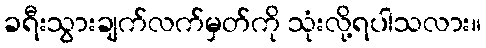
ခရီးသွားချက်လက်မှတ်ကို သုံးလို့ရပါသလား။